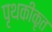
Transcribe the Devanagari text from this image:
पृथकीकृत